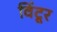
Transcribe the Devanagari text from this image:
विंटूर